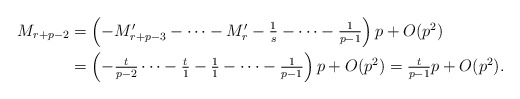
\begin{align*}\textstyle M_{r+p-2} & \textstyle = \left(-M_{r+p-3}' - \cdots - M_r' -\frac{1}{s} - \cdots - \frac{1}{p-1}\right)p + O(p^2)\\ & \textstyle =\left(-\frac{t}{p-2} \cdots - \frac{t}{1} - \frac{1}{1} - \cdots - \frac{1}{p-1}\right)p + O(p^2)\textstyle =\frac{t}{p-1} p + O(p^2).\end{align*}